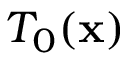
T _ { 0 } ( \mathbf { x } )